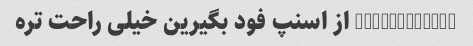
@mahjabinb67 از اسنپ فود بگیرین خیلی راحت تره